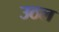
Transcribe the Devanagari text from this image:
उठल